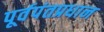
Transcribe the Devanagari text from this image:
पूर्वपंतप्रधान